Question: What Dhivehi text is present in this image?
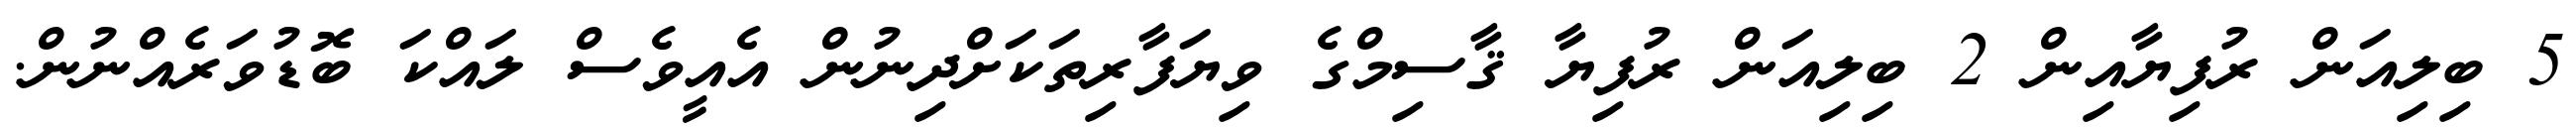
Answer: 5 ބިލިއަން ރުފިޔާއިން 2 ބިލިއަން ރުފިޔާ ޤާސިމްގެ ވިޔަފާރިތަކަށްދިނުން އެއީވެސް ލައްކަ ބޮޑުވަރެއްނުން.